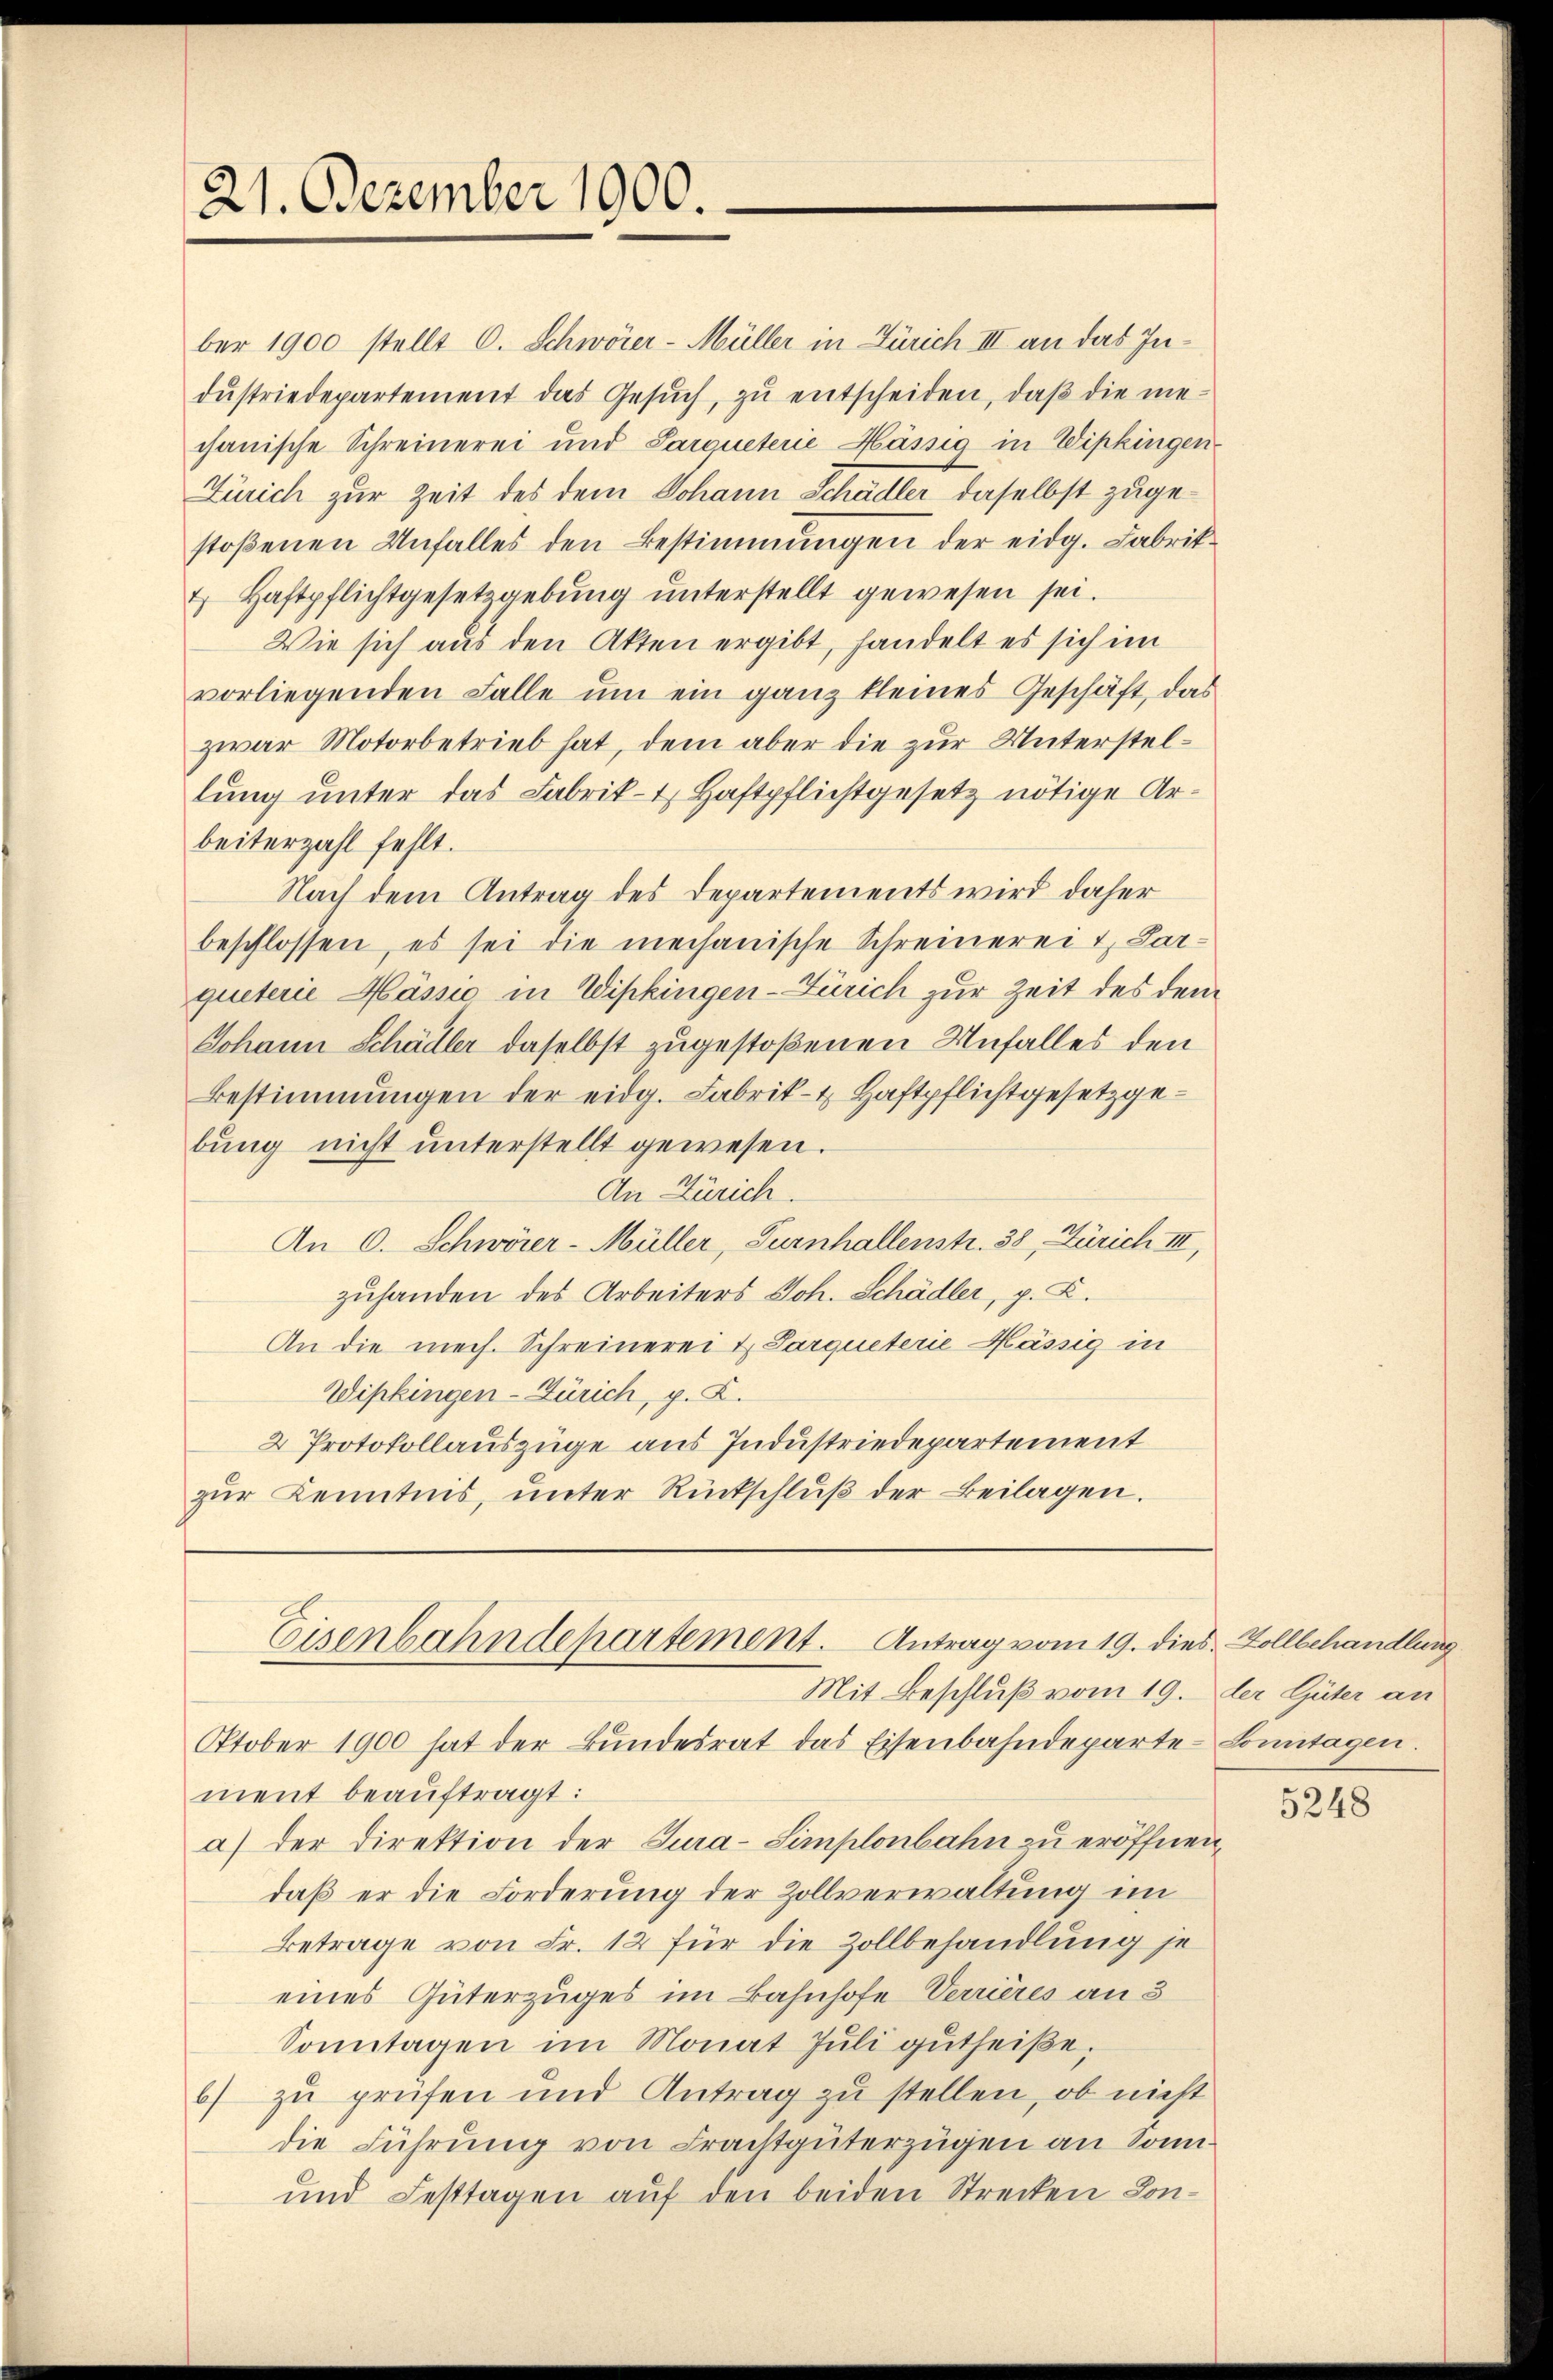
21. Dezember 1900.

ber 1900 stellt C. Schwörer-Müller in Zürich III an das Indŭstriedepartement das Gesŭch, zŭ entscheiden, daβ die ne-
chanische Schreinerei und Sargueterie Mässig in Wipkingen
Zürich zur Zeit des dem Johann Schädler daselbst zugestoßenen Unfalles den Bestimmungen der eidg. Fabrik¬
& Haftpflichtgesetzgebŭng ŭnterstellt gewesen sei.
Wie sich aus den Akten ergibt, handelt es sich im
vorliegenden Falle um ein ganz kleines Geschäft, das
zwar Motorbetrieb hat, dem aber die zur Unterstellung unter das Fabrik- 1 Haftpflichtgesetz nötige Arbeiterzahl fehlt.
Nach dem Antrag des Departements wird daher
beschlossen, es sei die mechanische Schreinerei u. Larqueterie Mässić in Wipkingen-Zürich zur Zeit des dem
Johann Schädler daselbst zugestoßenen Unfalles den
Bestimmungen der eidg. Fabrik- & Haftpflichtgesetzgebung nicht unterstellt gewesen.
An Zürich.
An 0. Schwörer-Müller, Turnhallenstr. 38, Zürich III,
zuhanden des Arbeiters Joh. Schädler, p. K.
An die mech. Schreinerei & Sarqueterie Mässig in
Wipkingen-Zürich, p. K.
2 Protokollauszüge aus Industriedepartement
zŭr Kenntnis, unter Rückschlŭβ der Beilagen.

Eisenbahndepartement. Antrag vom 19. dies Zollbehandlung
Mit Beschluß vom 19. der Güter an

Oktober 1900 hat der Bundesrat das Eisenbahndeparte Sonntagen.
ment beauftragt:
a) der Direktion der Tura-Simplonbahn zu eröffnen,
daß er die Forderung der Zollverwaltung im
Betrage von Fr. 12 für die Zollbehandlung je
eines Güterzuges im Bahnhofe Verrieres an 3
Sonntagen im Monat Juli gutheiße,
6) zu prüfen und Antrag zu stellen, ob nicht
die Führung von Frachtgüterzügen an Sonn¬
und Festtagen auf den beiden Strecken Kon¬

5248